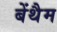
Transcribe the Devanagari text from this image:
बेंथैम